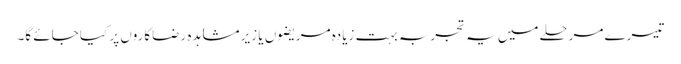
تیسرے مرحلے میں یہ تجربہ بہت زیادہ مریضوں یا زیر مشاہدہ رضاکاروں پر کیا جائے گا۔